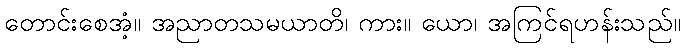
တောင်းစေအံ့။ အညာတသမယာတိ၊ ကား။ ယော၊ အကြင်ရဟန်းသည်။